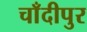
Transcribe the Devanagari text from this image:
चाँदीपुर